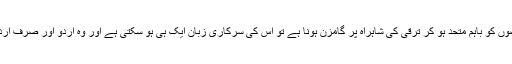
”کہ اگر پاکستان کے مختلف حصوں کو باہم متحد ہو کر ترقی کی شاہراہ پر گامزن ہونا ہے تو اس کی سرکاری زبان ایک ہی ہو سکتی ہے اور وہ اردو اور صرف اردو ہے“ تو کیا یہ واقعی غلط تھا؟